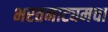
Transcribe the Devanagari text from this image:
भरतनाट्यमचा